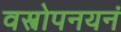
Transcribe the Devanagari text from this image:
वस्त्रोपनयनं